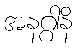
အနဂ္ဂါနိ